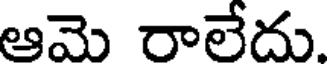
ఆమె రాలేదు.